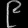
Digit: ၉